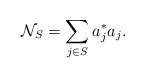
LaTeX: \begin{align*}\mathcal{N}_S = \sum_{j \in S} a_j^*a_j.\end{align*}